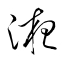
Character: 液